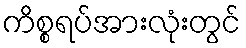
ကိစ္စရပ်အားလုံးတွင်